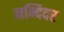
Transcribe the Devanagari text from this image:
मन्दिदर